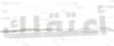
أعتقلك